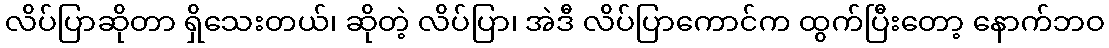
လိပ်ပြာဆိုတာ ရှိသေးတယ်၊ ဆိုတဲ့ လိပ်ပြာ၊ အဲဒီ လိပ်ပြာကောင်က ထွက်ပြီးတော့ နောက်ဘဝ